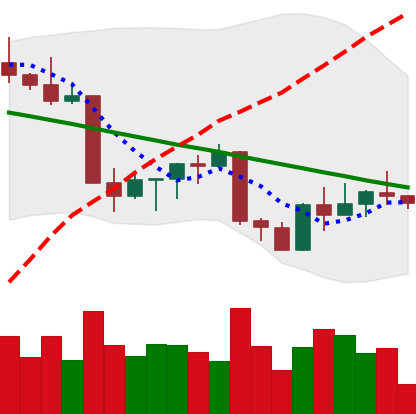
Ticker: ETH-USD
Chart end date: 2022-09-03
Forward return: 5.041%
Label: up_5_7